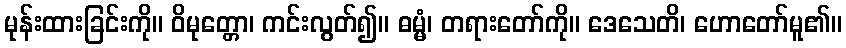
မုန်းထားခြင်းကို။ ဝိမုတ္တော၊ ကင်းလွတ်၍။ ဓမ္မံ၊ တရားတော်ကို။ ဒေသေတိ၊ ဟောတော်မူ၏။